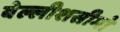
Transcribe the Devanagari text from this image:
बेल्लीशसीमो